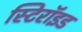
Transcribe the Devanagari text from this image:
स्टिरॉइड